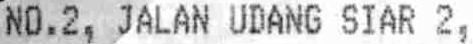
NO.2, JALAN UDANG SIAR 2,